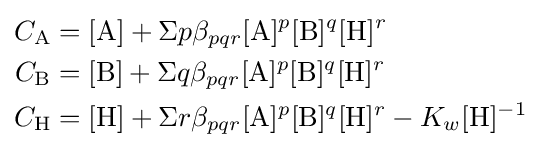
{\begin{aligned}C_{\mathrm {A} }&=[{\ce {A}}]+\Sigma p\beta _{pqr}[{\ce {A}}]^{p}[{\ce {B}}]^{q}[{\ce {H}}]^{r}\\C_{\mathrm {B} }&=[{\ce {B}}]+\Sigma q\beta _{pqr}[{\ce {A}}]^{p}[{\ce {B}}]^{q}[{\ce {H}}]^{r}\\C_{\mathrm {H} }&=[{\ce {H}}]+\Sigma r\beta _{pqr}[{\ce {A}}]^{p}[{\ce {B}}]^{q}[{\ce {H}}]^{r}-K_{w}[{\ce {H}}]^{-1}\end{aligned}}